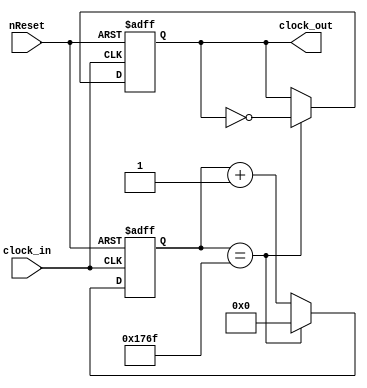
/* Clock 12MHz -> 1kHz */
module Clock_12Mto1k(clock_in, clock_out, nReset);

input clock_in;
input nReset;   // Negative logic
output clock_out;

wire clock_in, nReset;
reg clock_out;
reg [12:0] count;

always @(posedge clock_in or negedge nReset) begin
    if(!nReset) begin
        count <= 13'd0;
        clock_out <= 1'd0;
    end
    else if(count == 13'd5999) begin
        count <= 13'd0;
        clock_out <= ~clock_out;
    end
    else
        count <= count + 13'd1;
    
end

endmodule